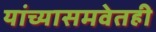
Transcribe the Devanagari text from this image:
यांच्यासमवेतही